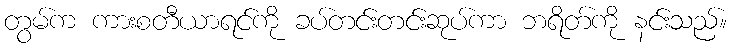
တွမ်က ကားစတီယာရင်ကို ခပ်တင်းတင်းဆုပ်ကာ ဘရိတ်ကို နင်းသည်။